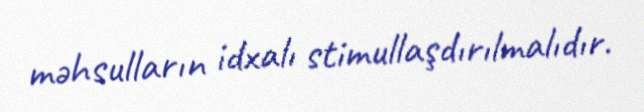
məhsulların idxalı stimullaşdırılmalıdır.